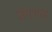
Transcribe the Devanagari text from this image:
जंगराल